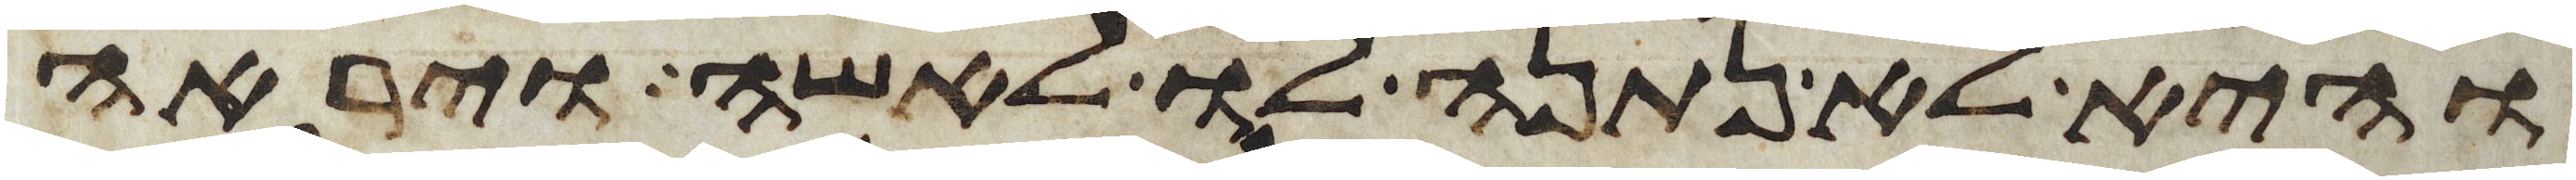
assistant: והיא לא נתנה לו לאשה ויראה